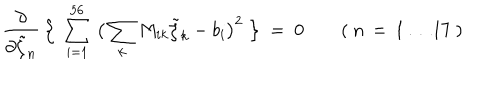
LaTeX: \frac { \partial } { \partial \tilde { \zeta } _ { n } } \, \Big \{ \ \sum _ { i = 1 } ^ { 5 6 } \, \big ( \sum _ { k } M _ { i k } \tilde { \zeta } _ { k } - b _ { i } \big ) ^ { 2 } \ \Big \} \ = \ 0 \qquad ( \ n \, = \, 1 \ldots 1 7 \ )